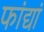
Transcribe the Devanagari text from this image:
फांद्यां